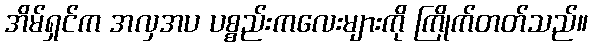
အိမ်ရှင်က အလှအပ ပစ္စည်းကလေးများကို ကြိုက်တတ်သည်။